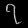
Digit: ၇